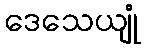
ဒေသေယျုံ